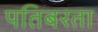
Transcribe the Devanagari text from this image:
पतिबरता